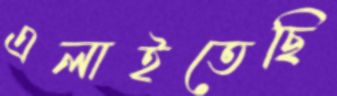
এলাইতেছি